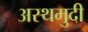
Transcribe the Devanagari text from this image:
अस्थमुदी